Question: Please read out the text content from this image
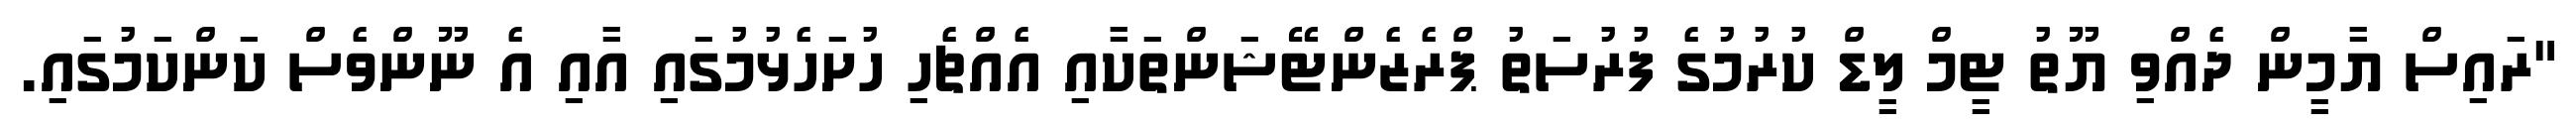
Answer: "ރައިސް ޔާމީން ދެއްވި ޔޫތު ޓީމް ލީޑް ކުރުމުގެ ފުރުސަތު ޕްރެޒެންޓޭޝަންތަކާއި އެއްޗެހި ހުށަހެޅުމުގައި އާއި އެ ނޫންވެސް ކަންކަމުގައި.